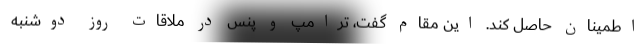
اطمینان حاصل کند. این مقام گفت، ترامپ و پنس در ملاقات روز دوشنبه